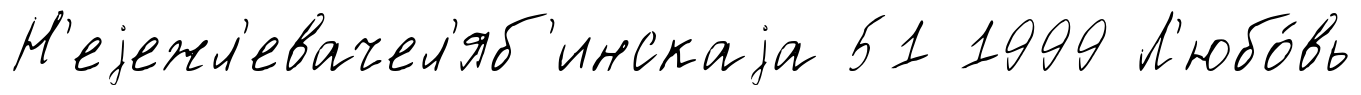
Н'еjежл'евачел'яб'инскаjа 51 1999 Л'юбо́вь